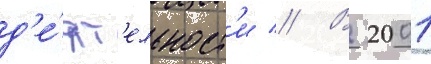
д'е́ят'ельност'и // В 2001